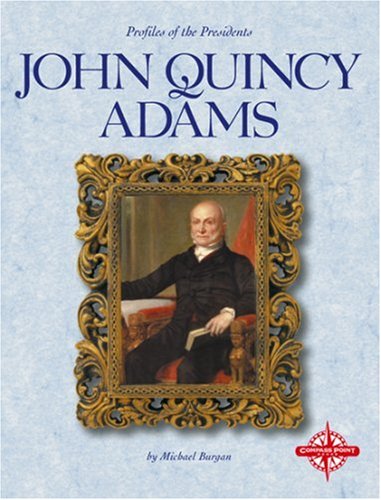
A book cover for John Quincy Adams (Profiles of the Presidents); Michael Burgan; Children's Books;